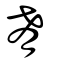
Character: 肴